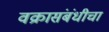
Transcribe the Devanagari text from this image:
वक्रासंबंधीचा